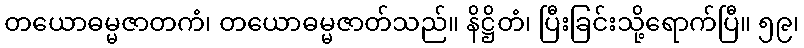
တယောဓမ္မဇာတကံ၊ တယောဓမ္မဇာတ်သည်။ နိဋ္ဌိတံ၊ ပြီးခြင်းသို့ရောက်ပြီ။ ၅၉၊